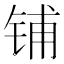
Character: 铺